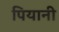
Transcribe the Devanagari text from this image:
पियानी